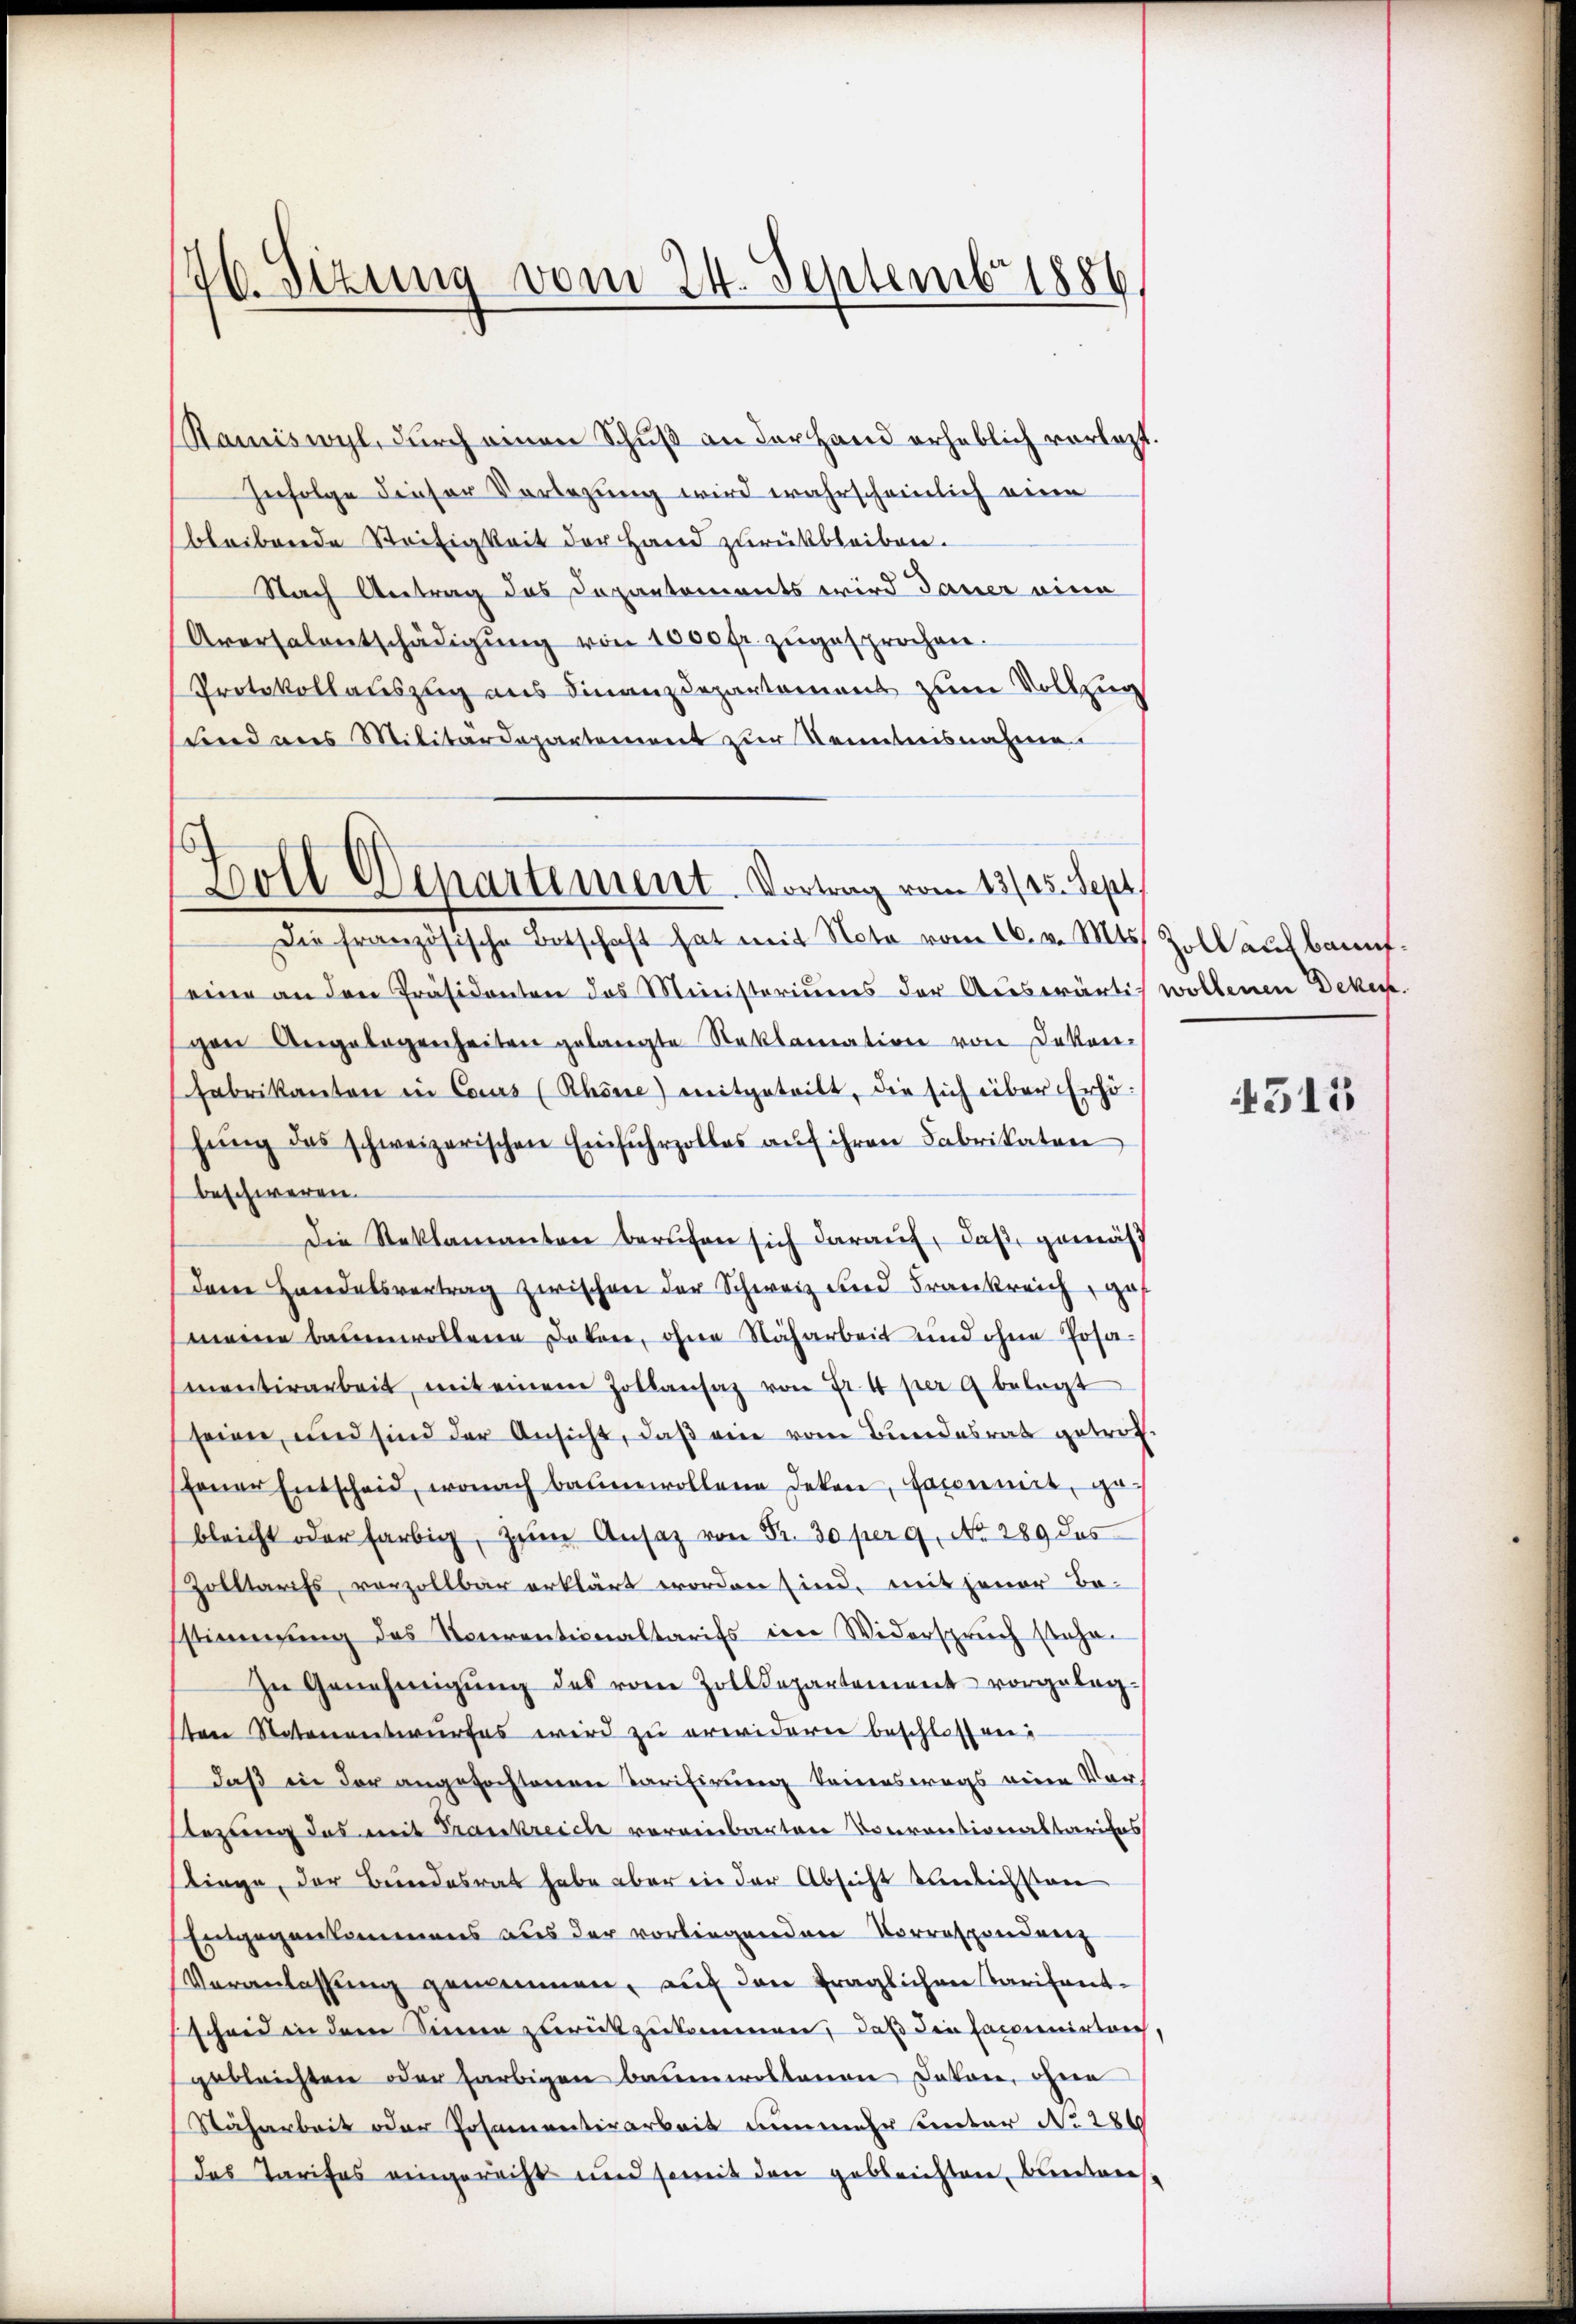
176. Sizung vom 24. Septembr 1886

Ramiswyl, durch einen Schuß an der Hand erheblich vorlegt
Zufolge dieser Vorlegung wird wahrscheinlich eine
bleibende Steifigkeit der Hand zurückbleiben.
Nach Antrag das Departements wird dauer eine
Aversalentschädigŭng von 1000 fr. zŭgesprochen.
Protokollauszug aus Finanzdepartement zum Vollzug
sind aus Militärdepartement zur Senntnisnahme
Die französische Botschaft hat mit Note vom 16. v. Mts. Zoll aŭsbannt.
eine an den Präsidenten des Ministeriums der Auswärtig wollenen Dekep.
gen Angelegenheiten gelangte Reklamation von Deken-
Fabrikanton in Cours (Rhone) mitgetritt, die sich über Erhöhŭng des schweizerischen Einfuhrzolles aŭf ihren Fabrikaten
beschweren.
Die Steklamanten berufen sich daraŭf, daβ gemäs
dene Handelsvertrag zwischen der Schweiz und Frankreich ges
meine bauenwollene Dokare, ohne Nacharbeit und ohne Josamentirarbeit, mit einem Zollansaz von Fr. 4 per 9 belegt
seien, und sind der Ansicht, daβ ein vom Bundesrat getrof
fener Entscheid, wonach baumwollene deken, facomit gebleicht oder farbig, zŭm Ansatz von Fr. 30 perg, No 289 des
Zolltarifs, vorzollbar erklärt worden sind, mit jener Besstimmung des Neuventionaltarifs im Widerspruch stehe.
In Genehmigŭng des vom Zolldepartement vorgelegten Notenentwurfes wird zu erwidern beschlossen:
daß in der angefochtenen Tarifirung keineswegs eine Vorsezung des mit Frankreich vereinbarten Courantionaltarites
liege, der Bundesrat habe aber in der Absicht nämlichsten
Entgegenkommens aus der vorliegenden Vorrespondenz
Veranlassŭng gemeinnen, auf den fraglichen Tarifentscheid in dem Sinnen zurückzukommen, daß die Comenirter,
gebleichten oder farbigen Baumwollenen Davon, ohne
Stäharbeit oder Posamentirarbeit nunmehr unter No 280
das Tarifes eingerecht und somit den gebleichten Bundes-

Boll Departement. Vortrag vom 13/25. Sept.

4515